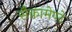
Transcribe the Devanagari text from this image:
सैक्रामेण्टे